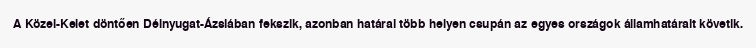
A Közel-Kelet döntően Délnyugat-Ázsiában fekszik, azonban határai több helyen csupán az egyes országok államhatárait követik.